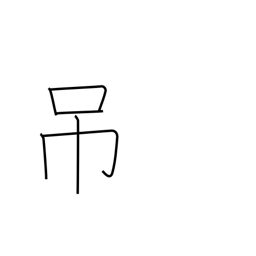
Meaning: hang